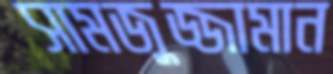
সামজুজ্জামান